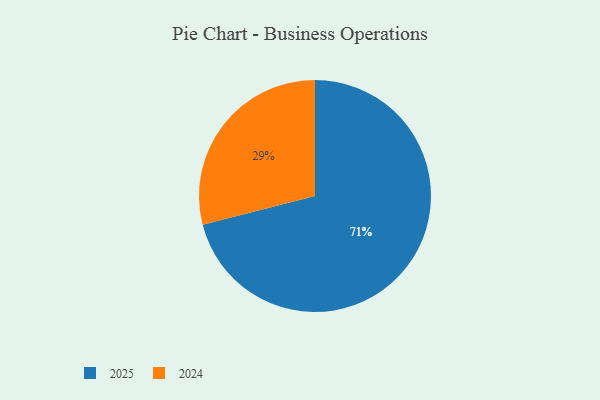
{"axis": {"x": "Category", "y": "Percentage"}, "legend": ["2024", "2025"], "data": [{"x": "2025", "y": 71, "type": "2025"}, {"x": "2024", "y": 29, "type": "2024"}]}